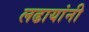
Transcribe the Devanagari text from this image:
लढायांनी